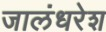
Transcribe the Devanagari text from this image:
जालंधरेश